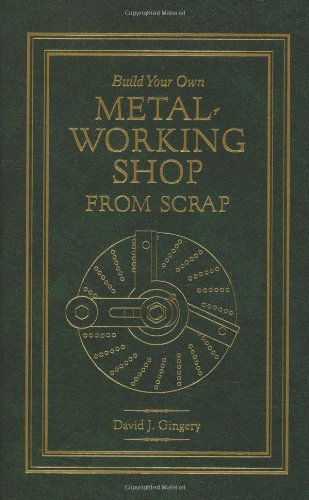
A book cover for Build Your Own Metal Working Shop From Scrap (Complete 7 Book Series); David J. Gingery; Crafts, Hobbies & Home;